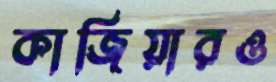
কাজিয়ারও